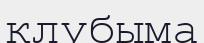
клубыма